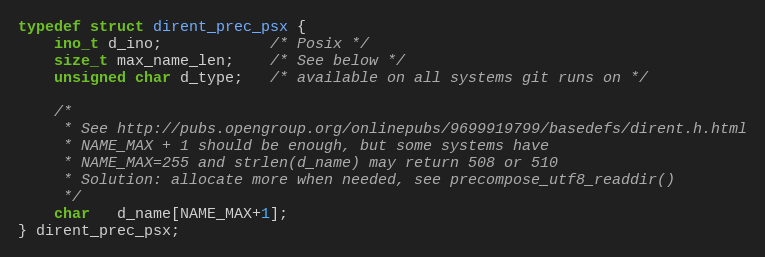
Language: C
typedef struct dirent_prec_psx {
	ino_t d_ino;            /* Posix */
	size_t max_name_len;    /* See below */
	unsigned char d_type;   /* available on all systems git runs on */

	/*
	 * See http://pubs.opengroup.org/onlinepubs/9699919799/basedefs/dirent.h.html
	 * NAME_MAX + 1 should be enough, but some systems have
	 * NAME_MAX=255 and strlen(d_name) may return 508 or 510
	 * Solution: allocate more when needed, see precompose_utf8_readdir()
	 */
	char   d_name[NAME_MAX+1];
} dirent_prec_psx;